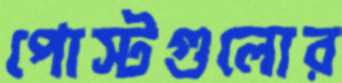
পোস্টগুলোর